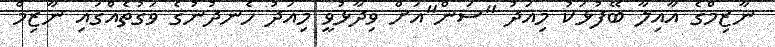
ނާޒިމްގެ އާއިލާ ބޭފުޅަކު މިއަދު "ސަން"އަށް ވިދާޅުވީ މިއަދު ހެނދުނުގެ ވަގުތެއްގައި ނާޒިމް